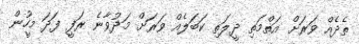
ތެދެއް ވަރަށް އަތްމަތި ދީލަތި ކަބަލެއް ވަރަށް މަދުވާނެ ރަފީ ފަދަ މީހުން